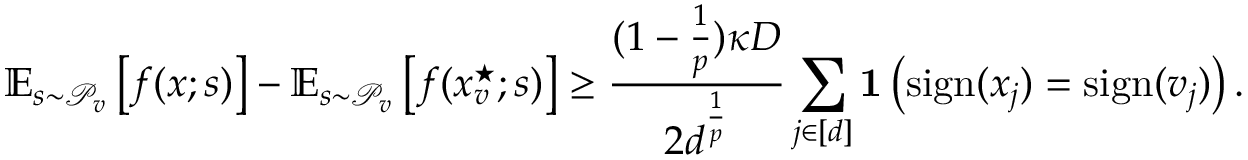
\mathbb { E } _ { s \sim \mathcal { P } _ { v } } \left[ f ( x ; s ) \right] - \mathbb { E } _ { s \sim \mathcal { P } _ { v } } \left[ f ( x _ { v } ^ { \star } ; s ) \right] \ge \frac { ( 1 - \frac 1 p ) \kappa D } { 2 d ^ { \frac 1 p } } \sum _ { j \in [ d ] } \mathbf { 1 } \left( \mathrm { s i g n } ( x _ { j } ) = \mathrm { s i g n } ( v _ { j } ) \right) .